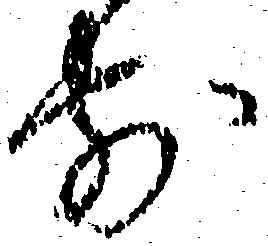
前